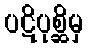
ပဋိပုစ္ဆိမှ